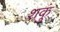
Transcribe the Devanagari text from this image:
शकुं